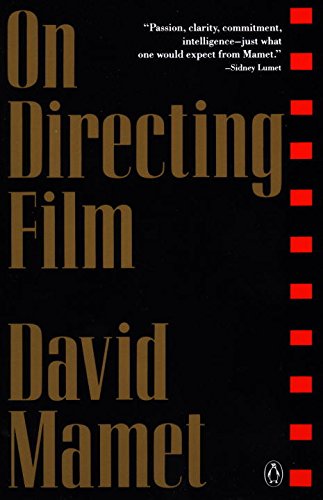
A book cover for On Directing Film; David Mamet; Humor & Entertainment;